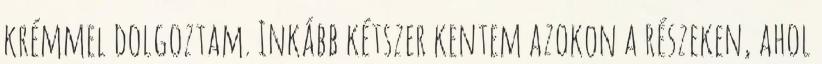
krémmel dolgoztam. Inkább kétszer kentem azokon a részeken, ahol